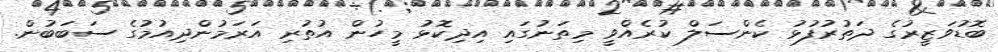
ބޮޑުވަޒީރުގެ ދަތުރުފުޅު ކެންސަލް ކުރެއްވީ މިތަނުގައި އިދިކޮޅު މީހުން އުތުރި އަރަމުންދިއުމުގެ ސަބަބުން.